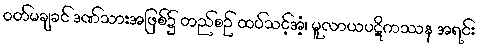
ဝတ်မချခင် ဒဏ်သားအဖြစ်၌ တည်စဉ် ထပ်သင့်အံ့၊ မူလာယပဋိကဿန အရင်း